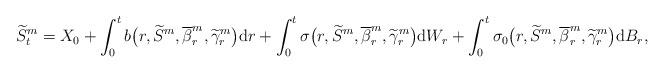
LaTeX: \begin{align*}\widetilde{S}^{m}_t=X_0 +\int_0^t b\big(r, \widetilde{S}^{m},\overline{\beta}^{m}_r,\widetilde{\gamma}^m_r\big) \mathrm{d}r+\int_0^t \sigma \big(r, \widetilde{S}^{m},\overline{\beta}^{m}_r,\widetilde{\gamma}^m_r\big)\mathrm{d}W_r+ \int_0^t \sigma_0\big(r, \widetilde{S}^{m},\overline{\beta}^{m}_r,\widetilde{\gamma}^m_r\big) \mathrm{d}B_r, \end{align*}